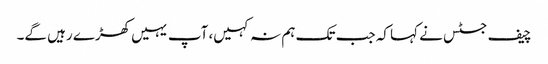
چیف جسٹس نے کہا کہ جب تک ہم نہ کہیں، آپ یہیں کھڑے رہیں گے۔